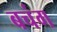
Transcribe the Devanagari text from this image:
बचंग